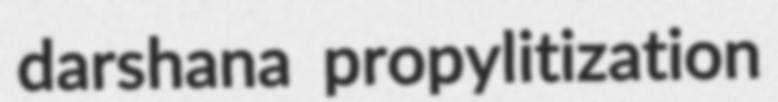
darshana propylitization